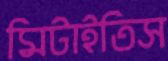
মিটাইতিস